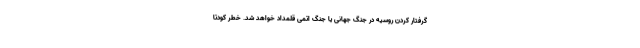
گرفتار کردن روسیه در جنگ جهانی یا جنگ اتمی قلمداد خواهد شد. خطر کودتا